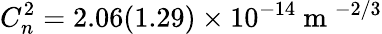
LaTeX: C_{n}^{2}=2.06(1.29)\times 10^{-14}\mathrm{~m~}^{-2/3}